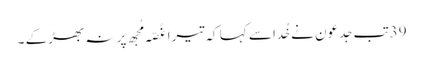
39تب جِدعو ن نے خُدا سے کہا کہ تیرا غُصّہ مُجھ پر نہ بھڑکے ۔